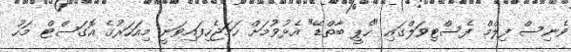
ވެނިސް ފިލްމް ފެސްޓިވަލްގައި "ހެޕީ ބާތްޑޭ" އެޅުވުމަށް ހަމަޖެހިފައިވަނީ މިއަހަރުގެ އޮގަސްޓް މަހު